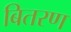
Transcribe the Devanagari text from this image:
बितरण